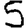
Digit: 5